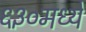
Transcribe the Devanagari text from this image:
६३०मध्ये